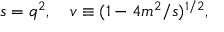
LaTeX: s = q ^ { 2 } , \quad v \equiv ( 1 - 4 m ^ { 2 } / s ) ^ { 1 / 2 } ,